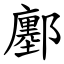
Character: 鄽